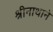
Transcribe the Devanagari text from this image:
श्रीनाथाने